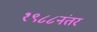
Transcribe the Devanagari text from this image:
१९८८नंतर